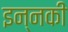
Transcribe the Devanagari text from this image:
इन्नकी